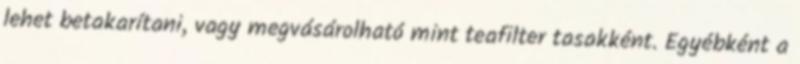
lehet betakarítani, vagy megvásárolható mint teafilter tasakként. Egyébként a